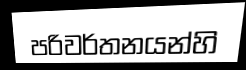
පරිවර්තනයන්හි